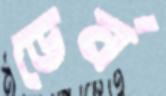
ডের্ন